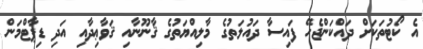
އެ ކޯޓުތަކަށް ދައްކަންޖެހޭ ފައިސާ ދައުލަތުގެ މާލިއްޔަތުގެ ޤާނޫނާއި ޤަވާޢިދާއި އަދި ޑިޕާޓްމަން